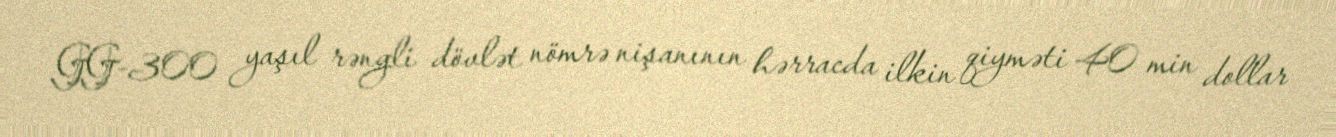
GG-300 yaşıl rəngli dövlət nömrə nişanının hərracda ilkin qiyməti 40 min dollar